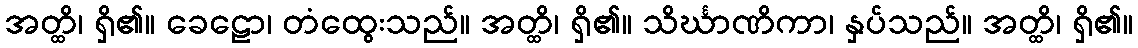
အတ္ထိ၊ ရှိ၏။ ခေဠော၊ တံထွေးသည်။ အတ္ထိ၊ ရှိ၏။ သိင်္ဃာဏိကာ၊ နှပ်သည်။ အတ္ထိ၊ ရှိ၏။